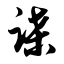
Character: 谍